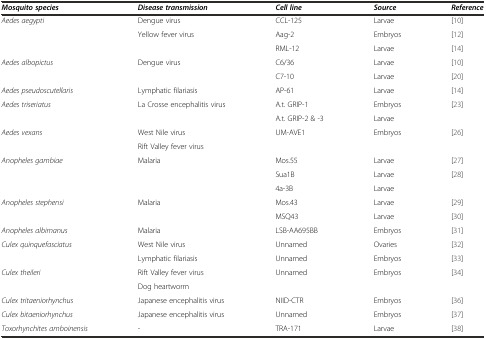
<table><thead><tr><td><b><i>Mosquito species</i></b></td><td><b><i>Disease transmission</i></b></td><td><b><i>Cell line</i></b></td><td><b><i>Source</i></b></td><td><b><i>Reference</i></b></td></tr></thead><tbody><tr><td rowspan="3"><i>Aedes aegypti</i></td><td>Dengue virus</td><td>CCL-125</td><td>Larvae</td><td>[10]</td></tr><tr><td rowspan="2">Yellow fever virus</td><td>Aag-2</td><td>Embryos</td><td>[12]</td></tr><tr><td>RML-12</td><td>Larvae</td><td>[14]</td></tr><tr><td rowspan="2"><i>Aedes albopictus</i></td><td rowspan="2">Dengue virus</td><td>C6/36</td><td>Larvae</td><td>[10]</td></tr><tr><td>C7-10</td><td>Larvae</td><td>[20]</td></tr><tr><td><i>Aedes pseudoscutellaris</i></td><td>Lymphatic filariasis</td><td>AP-61</td><td>Larvae</td><td>[14]</td></tr><tr><td rowspan="2"><i>Aedes triseriatus</i></td><td rowspan="2">La Crosse encephalitis virus</td><td>A.t. GRIP-1</td><td>Embryos</td><td rowspan="2">[23]</td></tr><tr><td>A.t. GRIP-2 &amp; -3</td><td>Larvae</td></tr><tr><td rowspan="2"><i>Aedes vexans</i></td><td>West Nile virus</td><td rowspan="2">UM-AVE1</td><td rowspan="2">Embryos</td><td rowspan="2">[26]</td></tr><tr><td>Rift Valley fever virus</td></tr><tr><td rowspan="3"><i>Anopheles gambiae</i></td><td rowspan="3">Malaria</td><td>Mos.55</td><td>Larvae</td><td>[27]</td></tr><tr><td>Sua1B</td><td>Larvae</td><td rowspan="2">[28]</td></tr><tr><td>4a-3B</td><td>Larvae</td></tr><tr><td rowspan="2"><i>Anopheles stephensi</i></td><td rowspan="2">Malaria</td><td>Mos.43</td><td>Larvae</td><td>[29]</td></tr><tr><td>MSQ43</td><td>Larvae</td><td>[30]</td></tr><tr><td><i>Anopheles albimanus</i></td><td>Malaria</td><td>LSB-AA695BB</td><td>Embryos</td><td>[31]</td></tr><tr><td rowspan="2"><i>Culex quinquefasciatus</i></td><td>West Nile virus</td><td>Unnamed</td><td>Ovaries</td><td>[32]</td></tr><tr><td>Lymphatic filariasis</td><td>Unnamed</td><td>Embryos</td><td>[33]</td></tr><tr><td rowspan="2"><i>Culex theileri</i></td><td>Rift Valley fever virus</td><td rowspan="2">Unnamed</td><td rowspan="2">Embryos</td><td rowspan="2">[34]</td></tr><tr><td>Dog heartworm</td></tr><tr><td><i>Culex tritaeniorhynchus</i></td><td>Japanese encephalitis virus</td><td>NIID-CTR</td><td>Embryos</td><td>[36]</td></tr><tr><td><i>Culex bitaeniorhynchus</i></td><td>Japanese encephalitis virus</td><td>Unnamed</td><td>Embryos</td><td>[37]</td></tr><tr><td><i>Toxorhynchites amboinensis</i></td><td>-</td><td>TRA-171</td><td>Larvae</td><td>[38]</td></tr></tbody></table>